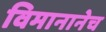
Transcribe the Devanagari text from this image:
विमानानेच